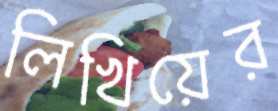
লিখিয়ের